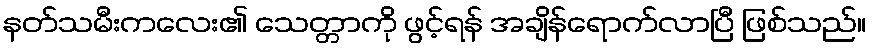
နတ်သမီးကလေး၏ သေတ္တာကို ဖွင့်ရန် အချိန်ရောက်လာပြီ ဖြစ်သည်။